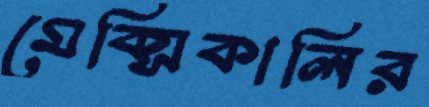
মেক্সিকালির